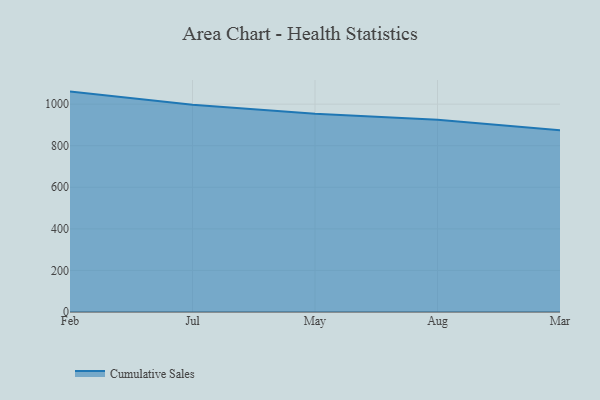
{"axis": {"x": "Month", "y": "Website Visitors"}, "legend": ["Cumulative Sales"], "data": [{"x": "Feb", "y": 1060.2, "type": "Cumulative Sales"}, {"x": "Jul", "y": 997.3, "type": "Cumulative Sales"}, {"x": "May", "y": 953.2, "type": "Cumulative Sales"}, {"x": "Aug", "y": 924.4, "type": "Cumulative Sales"}, {"x": "Mar", "y": 874.7, "type": "Cumulative Sales"}]}